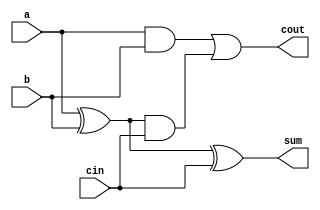
`timescale 1ns / 1ps
//////////////////////////////////////////////////////////////////////////////////
// Company: 
// Engineer: 
// 
// Design Name: 
// Module Name:    full_adder 
// Project Name: 
// Target Devices: 
// Tool versions: 
// Description: 
//
// Dependencies: 
//
// Revision: 
// Revision 0.01 - File Created
// Additional Comments: 
//
//////////////////////////////////////////////////////////////////////////////////
module full_adder(sum,cout,a,b,cin);
output sum,cout;
input a,b,cin;
wire w1,w2,w3;

xor x1(w1,a,b);
xor x2(sum,w1,cin);
and a1(w2,a,b);
and a2(w3,w1,cin);
or(cout,w2,w3);

endmodule